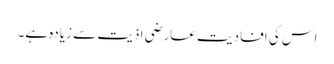
اس کی اِفادیت عارضی اذیت سے زیادہ ہے۔